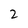
Character: 2